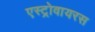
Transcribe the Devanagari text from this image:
एस्ट्रोवायरस